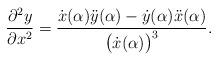
LaTeX: \begin{align*}\frac{\partial^2 y}{\partial x^2} =\frac{\dot{x}(\alpha)\ddot{y}(\alpha) - \dot{y}(\alpha) \ddot{x}(\alpha)}{\big(\dot{x}(\alpha) \big)^3}.\end{align*}